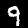
Label: 9